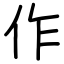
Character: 作